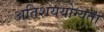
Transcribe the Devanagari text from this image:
अतिशययोग्यता